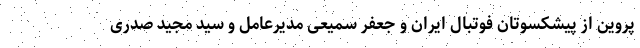
پروین از پیشکسوتان فوتبال ایران و جعفر سمیعی مدیرعامل و سید مجید صدری